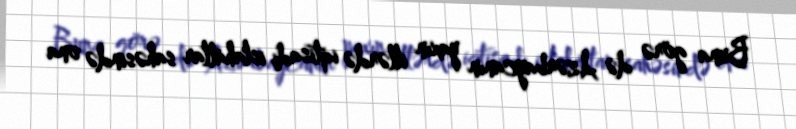
Buna görə də Azərbaycanın yaxın illərdə iqtisadi islahatlar sahəsində ona